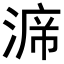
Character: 𭱙